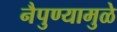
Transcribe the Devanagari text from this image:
नैपुण्यामुळे